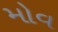
મોવ